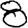
Digit: 8